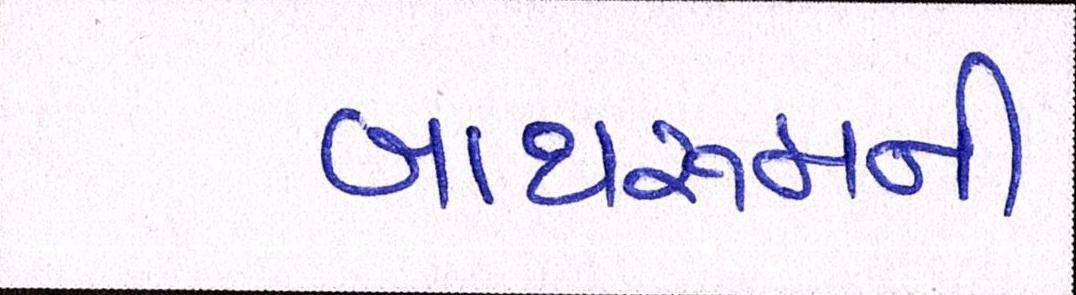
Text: બાથરૂમની